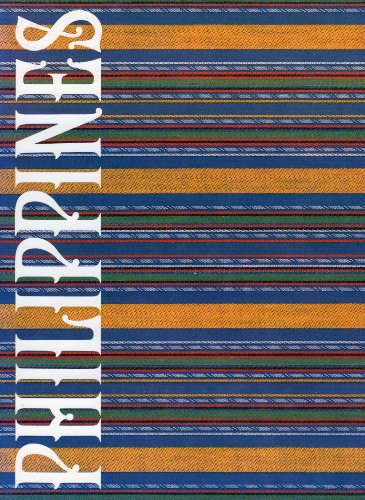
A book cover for Philippines; Richard Z. Chesnoff; Travel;